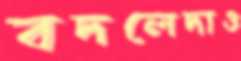
বদলেদাও